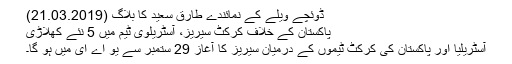
ڈوئچے ویلے کے نمائندے طارق سعید کا بلاگ (21.03.2019)
پاکستان کے خلاف کرکٹ سیریز، آسٹریلوی ٹیم میں 5 نئے کھلاڑی
آسٹریلیا اور پاکستان کی کرکٹ ٹیموں کے درمیان سیریز کا آغاز 29 ستمبر سے یُو اے ای میں ہو گا۔